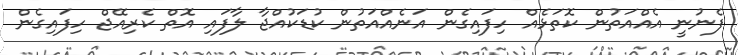
ފެނުނީ އެއްއަތުން ކޮތަޅެއް ހިފައިގެން އަނެއްއަތުން ކުޑަކުއްޖާ ލާފައި އޮތް ކެރިއޭޖް ހިފައިގެން